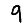
Digit: 9